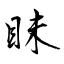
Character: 眛